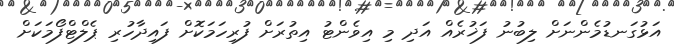
އަޅުގަނޑުމެންނަށް ލިބުނު ފަޚުރެއް އަދި މި އިވެންޓު އިތުރަށް ފުރިހަމަކޮށް ފައިދާހުރި ޕެލްޓްފޯމަކަށް